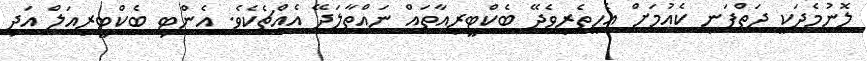
ލޮނުމެދަކީ ދަތްފަނި ކެއުމަށް އެހީތެރިވެދޭ ބެކްޓީރިއާތައް ނައްތާލަދޭ އެއްޗެކެވެ. އެންޓި ބެކްޓީރިއަލް އަދި